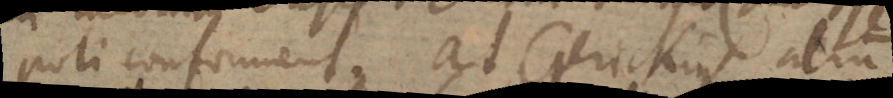
poli conforment. At Gerickius alium